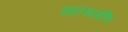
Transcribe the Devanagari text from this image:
सारंगपाणि